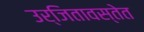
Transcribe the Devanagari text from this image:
उर्जितावस्तेत